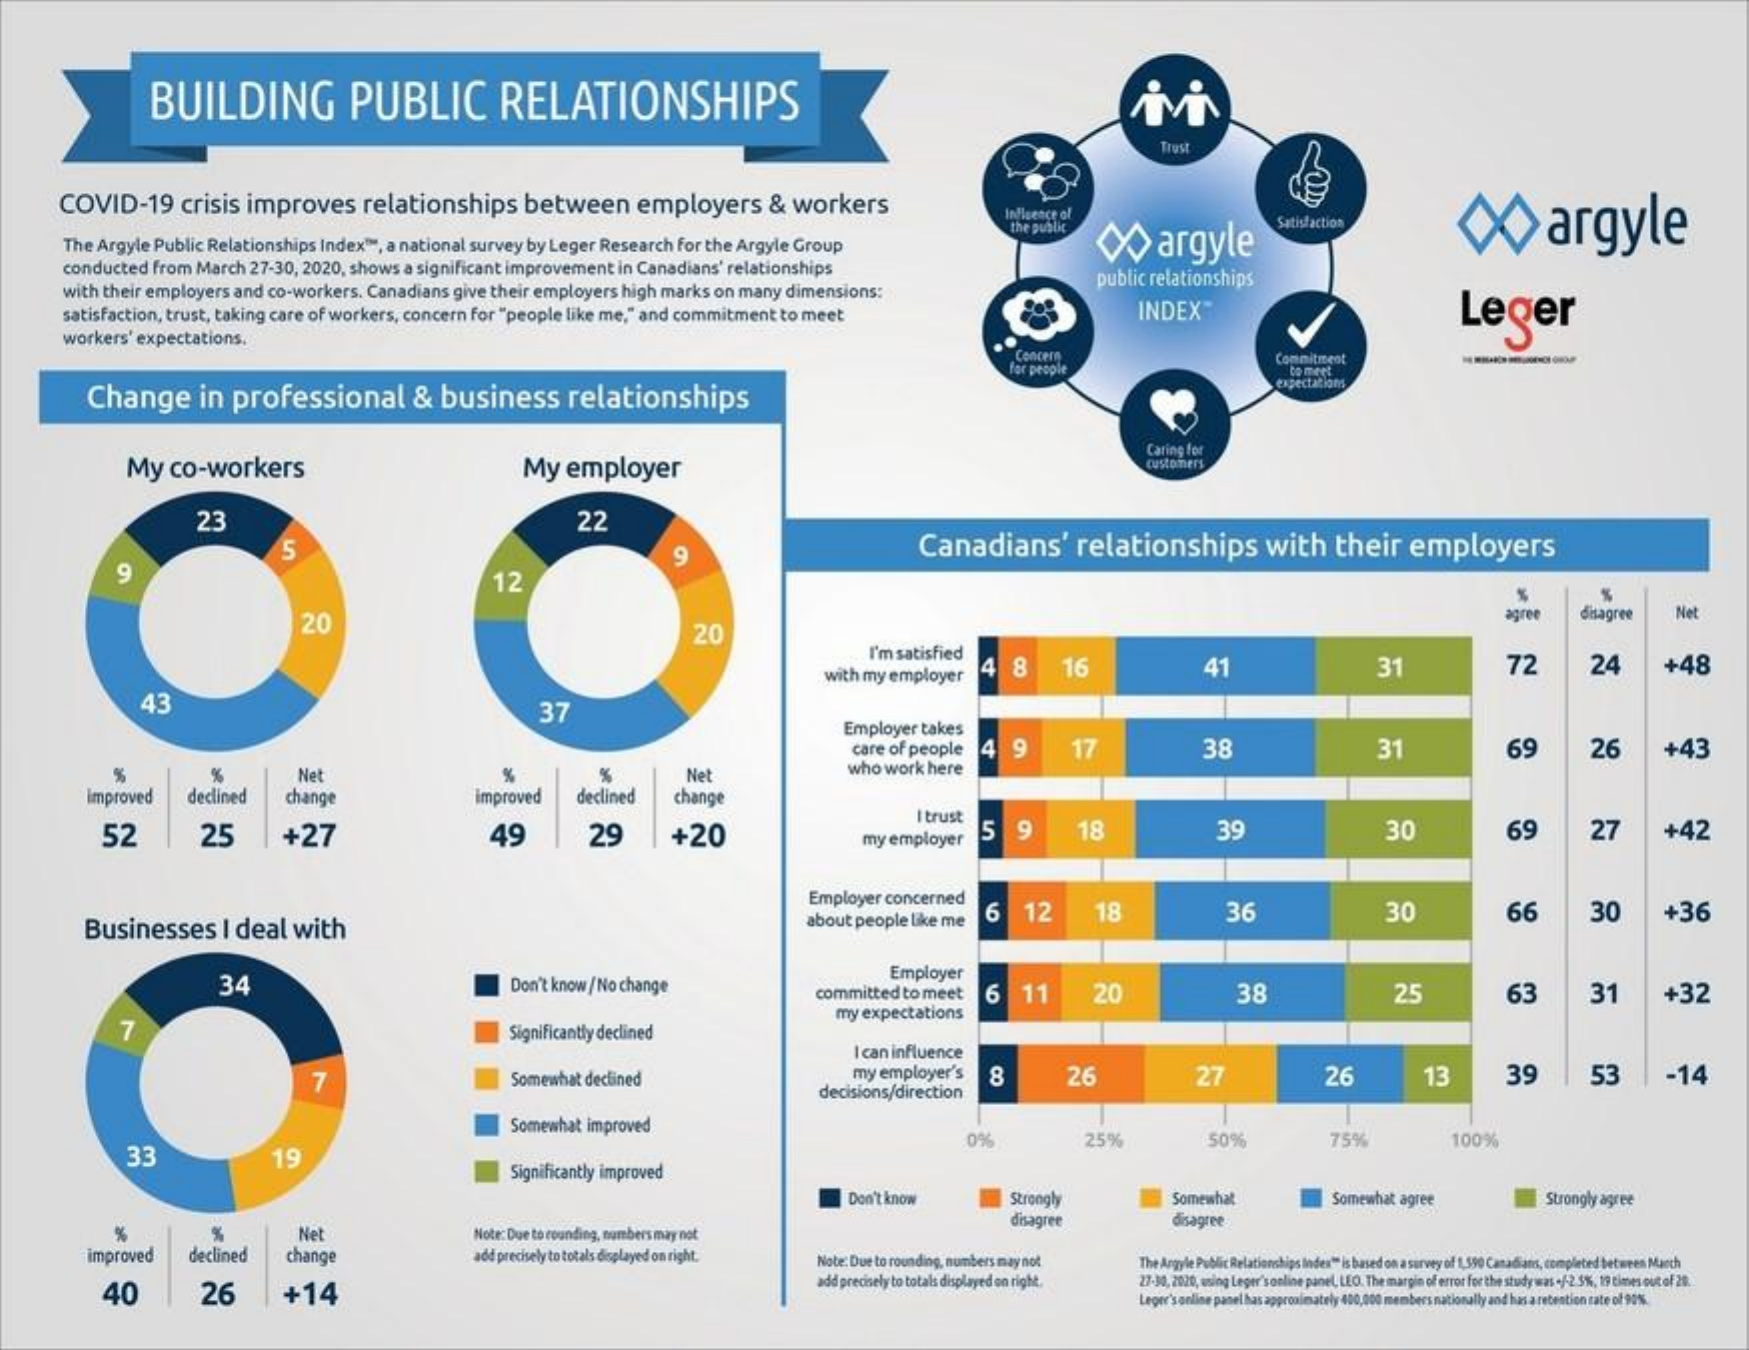
BUILDING    PUBLIC    RELATIONSHIPS
     COVID-19    crisis  improves    relationships    between    employers    &  workers    Influence of
     The Argyle Public Relationships Index", a national survey by Leger Research for the Argyle Group
     the public
     argyle    argyle Satisfaction
     conducted from March 27-30, 2020, shows a significant improvement in Canadians' relationships
     with their employers and co-workers. Canadians give their employers high marks on many dimensions:
     public relationships
     satisfaction, trust, taking care of workers, concern for "people like me," and commitment to meet    INDEX"    Leger
     workers' expectations.
     Concern
     far people
     Commitment
     co mert
     Change    in  professional    & business    relationships
     expectations
     My   co-workers    My   employer
     Caring for
     customers
     23    22
     Canadians'    relationships    with    their   employers un
     9    12
     9
     20    20
     agre    disagree   Net
     I'm satisfied
     with my employer
     8    16    41    31    72    24    +48
     43    37
     Employer takes
     care of people 4  9    17    38    31    69    26    +43
     %    %    Net    %    Net    who work here
     Improved   declined   change    improved   declined   change
     52    25    +27    49    29    +20
     I trust
     my employer  5   9    18    39    30    69    27    +42
     Employer concerned
     Businesses    I deal  with    about people like me
     16  12    18    36    30    66    30    +36
     34    Don't know /No change
     Employer
     committed to meet  6   11    20    38    25    63    31    +32
     7    Significantly declined
     my expectations
     I can influence
     7    Somewhat declined    my employer's  8    26    27    26    13    39    53    -14
     decisions/direction
     Somewhat improved
     33    19
     0%    25%    50%    75%    100%
     Significantly improved
     Don't know    Strongly    Somewhat    Somewhat agree    Strongly agree
     %    %    Net    Note: Due to rounding, numbers may not
     dinagree    disagree
     improved   declined   change    add precisely to totals displayed on right. Note: Due to rounding, numbers may not The Argyle Public Relationships Index" is based on a survey of 1,590 Canadians, completed between March
     40    26    +14
     add precisely to totals displayed on right. 27-30, 2020, using Leger'sonline panel, LEO. The margin of error for the study was -/-2 5%, 19 times out of 20.
     Leger'sonline panel has approximately 400,000 members nationally and has a retention rate of 90%.